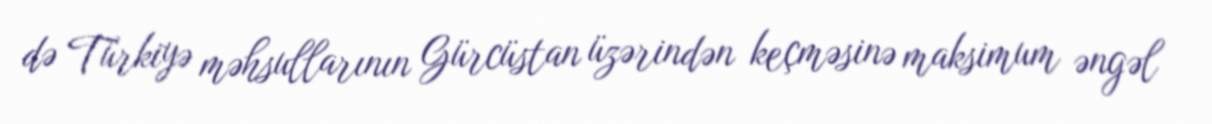
də Türkiyə məhsullarının Gürcüstan üzərindən keçməsinə maksimum əngəl